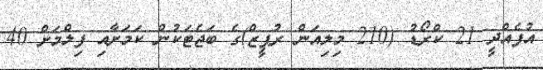
އުފެއްދީ 21 ކްރޯޑު (210 މިލިއަން ރުޕީޒް)ގެ ބަޖެޓަކުން ކަމަށާއި ފިލްމަށް 40